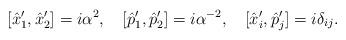
LaTeX: \begin{align*}[\hat{x}_{1}^{\prime},\hat{x}_{2}^{\prime}]=i\alpha^{2}, \hspace{0.4cm}[\hat{p}_{1}^{\prime},\hat{p}_{2}^{\prime}]=i\alpha^{-2}, \hspace{0.4cm}[\hat{x}_{i}^{\prime},\hat{p}_{j}^{\prime}]=i\delta_{ij}.\end{align*}